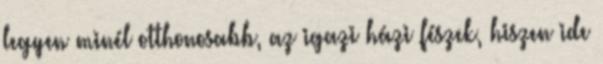
legyen minél otthonosabb, az igazi házi fészek, hiszen ide